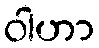
ဝါဟာ